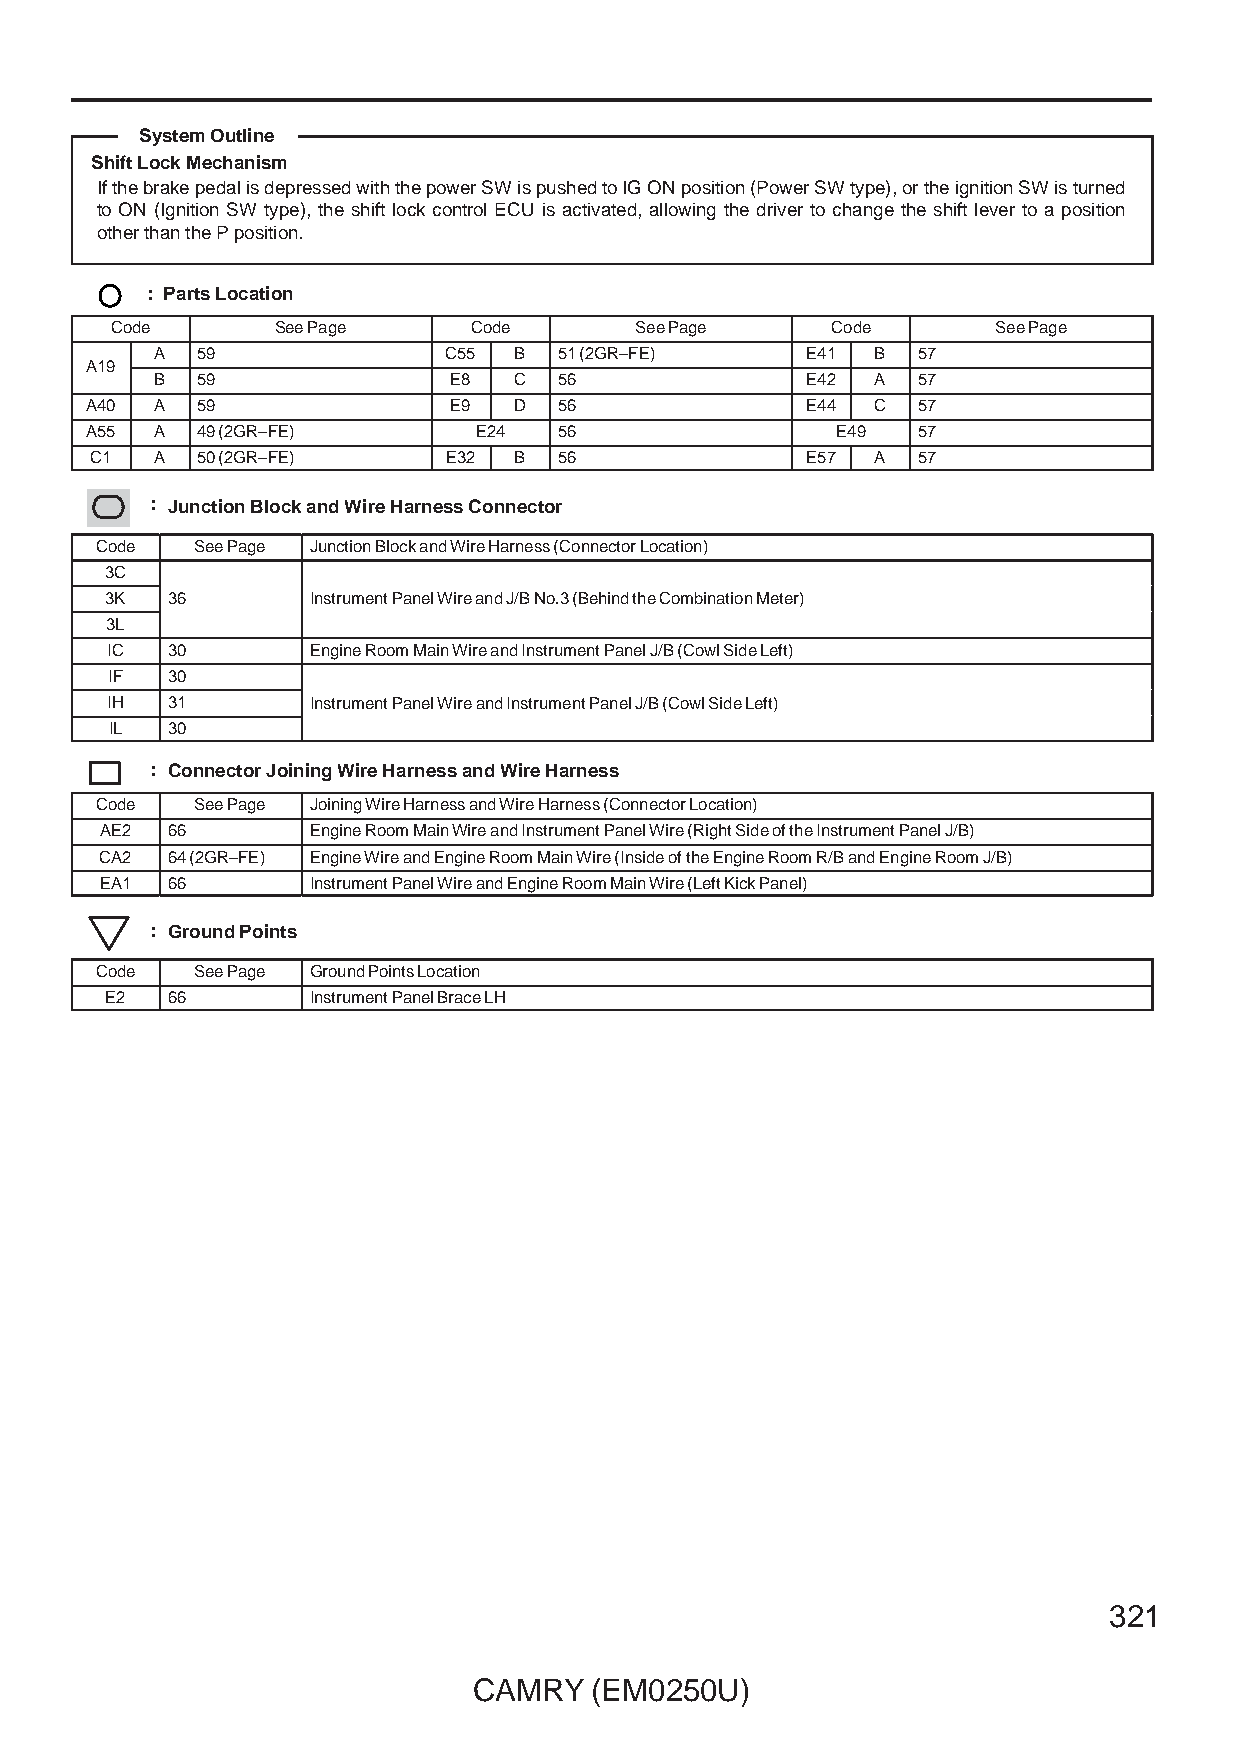
System Outline
 Shift Lock Mechanism
 If the brake pedal is depressed with the power SW is pushed to IG ON position (Power SW type), or the ignition SW is turned
 to ON (Ignition SW type), the shift lock control ECU is activated, allowing the driver to change the shift lever to a position
 other than the P position.
 : Parts Location
 Code       See Page     Code       See Page     Code       See Page
 A  59              C55  B  51 (2GR–FE)     E41  B  57
 AA1199
 B  59               E8  C  56              E42  A  57
 A40 A  59               E9  D  56              E44  C  57
 A55 A  49 (2GR–FE)       E24   56                E49   57
 C1  A  50 (2GR–FE)     E32  B  56              E57  A  57
 : Junction Block and Wire Harness Connector
 Code   See Page Junction Block and Wire Harness (Connector Location)
 3C
 3K  333666   IIInnnssstttrrruuummmeeennnttt PPPaaannneeelll WWWiiirrreee aaannnddd JJJ///BBB NNNooo...333 (((BBBeeehhhiiinnnddd ttthhheee CCCooommmbbbiiinnnaaatttiiiooonnn MMMeeettteeerrr)))
 3L
 IC  30       Engine Room Main Wire and Instrument Panel J/B (Cowl Side Left)
 IF  30
 IH  31       IIInnnssstttrrruuummmeeennnttt PPPaaannneeelll WWWiiirrreee aaannnddd IIInnnssstttrrruuummmeeennnttt PPPaaannneeelll JJJ///BBB (((CCCooowwwlll SSSiiidddeee LLLeeefffttt)))
 IL  30
 : Connector Joining Wire Harness and Wire Harness
 Code   See Page Joining Wire Harness and Wire Harness (Connector Location)
 AE2 66       Engine Room Main Wire and Instrument Panel Wire (Right Side of the Instrument Panel J/B)
 CA2 64 (2GR–FE) Engine Wire and Engine Room Main Wire (Inside of the Engine Room R/B and Engine Room J/B)
 EA1 66       Instrument Panel Wire and Engine Room Main Wire (Left Kick Panel)
 : Ground Points
 Code   See Page Ground Points Location
 E2  66       Instrument Panel Brace LH
 321
 CAMRY   (EM0250U)